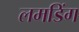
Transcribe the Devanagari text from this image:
लमडिंग